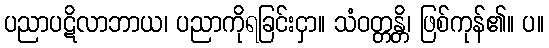
ပညာပဋိလာဘာယ၊ ပညာကိုရခြင်းငှာ။ သံဝတ္တန္တိ၊ ဖြစ်ကုန်၏။ ပ။